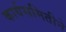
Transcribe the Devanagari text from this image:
कार्यसमितीने